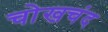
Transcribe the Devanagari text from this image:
चोखचंद